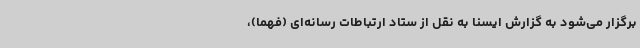
برگزار می‌شود به گزارش ایسنا به نقل از ستاد ارتباطات رسانه‌ای (فهما)،